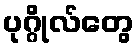
ပုဂ္ဂိုလ်တွေ